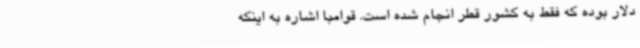
دلار بوده که فقط به کشور قطر انجام شده است. قوامبا اشاره به اینکه